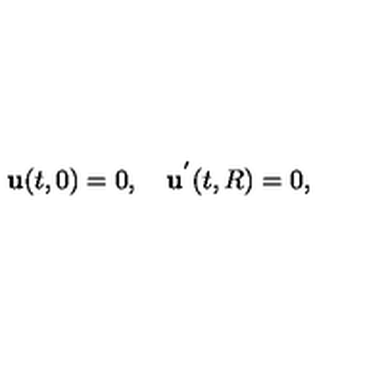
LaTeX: { \bf u } ( t , 0 ) = 0 , \quad { \bf u } ^ { ' } ( t , R ) = 0 { , }